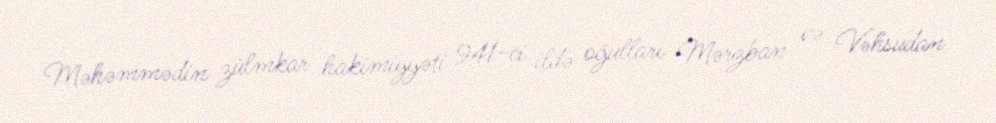
Məhəmmədin zülmkar hakimiyyəti 941-ci ildə oğulları Mərzban və Vəhsudan